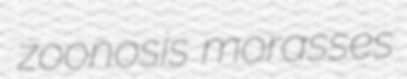
zoonosis morasses